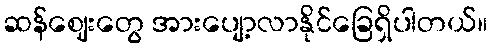
ဆန်ဈေးတွေ အားပျော့လာနိုင်ခြေရှိပါတယ်။